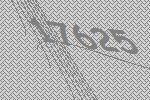
17625